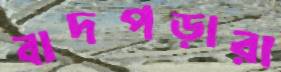
বাদপড়ারা